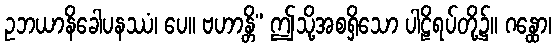
ဥဘယာနိခေါပနဿံ၊ ပေ။ ဗဟာန္တိ” ဤသို့အစရှိသော ပါဠိရပ်တို့၌။ ဂန္ထော၊